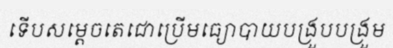
ទើបសម្តេចតេជោប្រើមធ្យោបាយបង្រួបបង្រួម